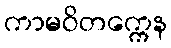
ကာမဝိတက္ကေန